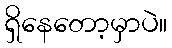
ရှိနေတော့မှာပဲ။